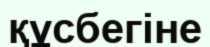
құсбегіне